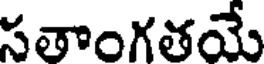
సతాంగతయే